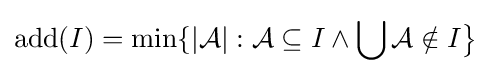
\operatorname {add} (I)=\min\{|{\mathcal {A}}|:{\mathcal {A}}\subseteq I\wedge \bigcup {\mathcal {A}}\notin I{\big \}}